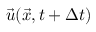
\vec { u } ( \vec { x } , t + \Delta { t } )